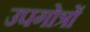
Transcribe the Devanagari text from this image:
उपगोत्रों